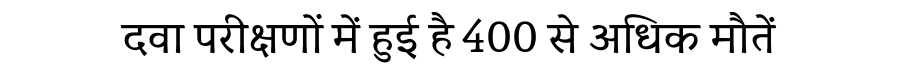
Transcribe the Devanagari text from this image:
दवा परीक्षणों में हुई है 400 से अधिक मौतें